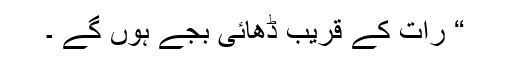
“ رات کے قریب ڈھائی بجے ہوں گے ۔